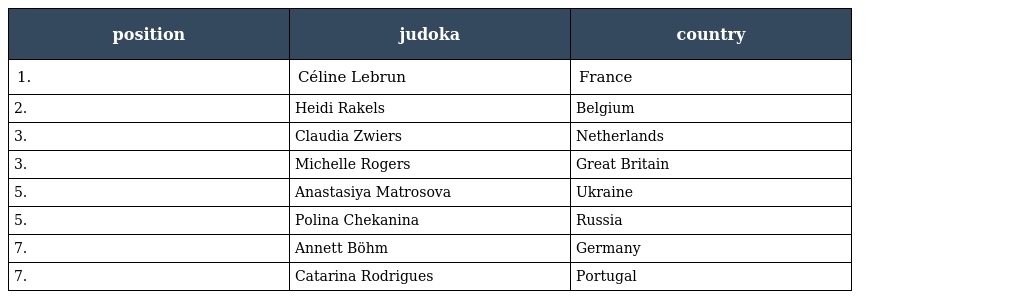
| position | judoka | country |
 | --- | --- | --- |
 | 1. | Céline Lebrun | France |
 | 2. | Heidi Rakels | Belgium |
 | 3. | Claudia Zwiers | Netherlands |
 | 3. | Michelle Rogers | Great Britain |
 | 5. | Anastasiya Matrosova | Ukraine |
 | 5. | Polina Chekanina | Russia |
 | 7. | Annett Böhm | Germany |
 | 7. | Catarina Rodrigues | Portugal |